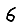
Digit: 6